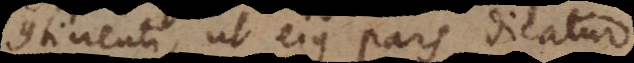
continenti, ut ejus pars dicatur.